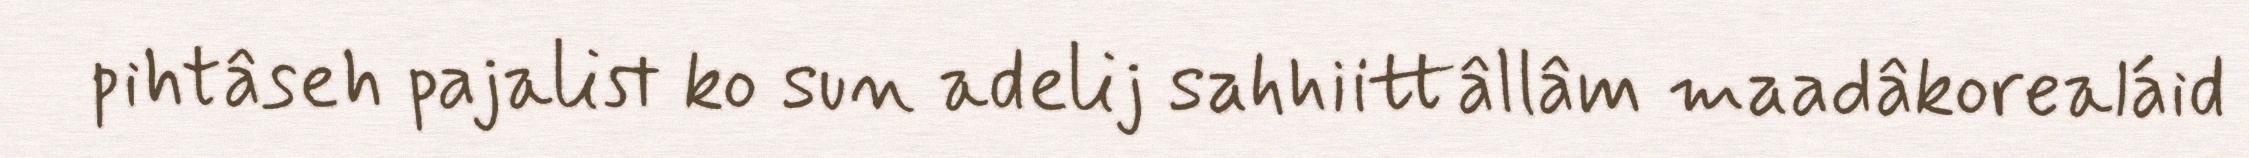
pihtâseh pajalist ko sun adelij sahhiittâllâm maadâkorealáid